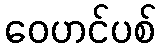
ဝေဟင်ပစ်